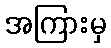
အကြားမှ